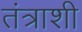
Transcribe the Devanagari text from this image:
तंत्राशी